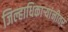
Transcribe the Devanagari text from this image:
जिल्हाधिकार्‍यांनीतर